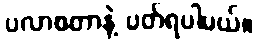
ပလာစတာနဲ့ ပတ်ရပါမယ်။